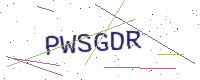
Text: PWSGDR